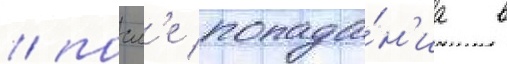
/ посл'е попада́н'иа в